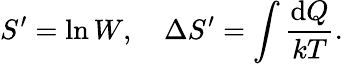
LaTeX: {S^{\prime}=\ln W},\quad\Delta S^{\prime}=\int{\frac{\mathrm{d}Q}{kT}}.